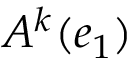
A ^ { k } ( e _ { 1 } )